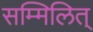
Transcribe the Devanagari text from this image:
सम्मिलित्